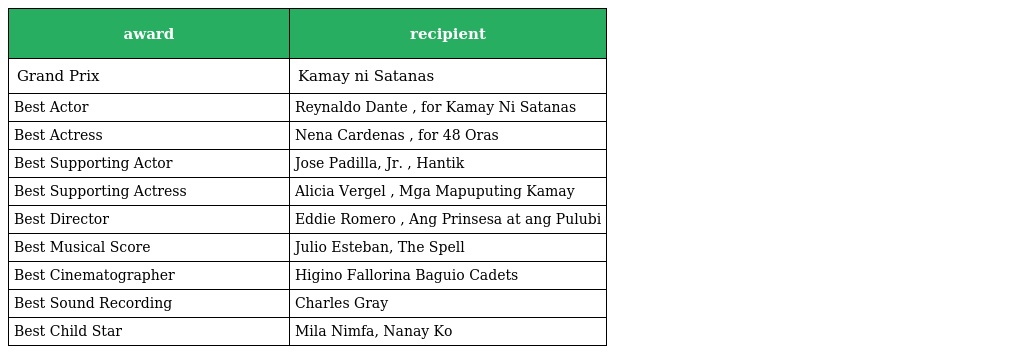
| award | recipient |
 | --- | --- |
 | Grand Prix | Kamay ni Satanas |
 | Best Actor | Reynaldo Dante , for Kamay Ni Satanas |
 | Best Actress | Nena Cardenas , for 48 Oras |
 | Best Supporting Actor | Jose Padilla, Jr. , Hantik |
 | Best Supporting Actress | Alicia Vergel , Mga Mapuputing Kamay |
 | Best Director | Eddie Romero , Ang Prinsesa at ang Pulubi |
 | Best Musical Score | Julio Esteban, The Spell |
 | Best Cinematographer | Higino Fallorina Baguio Cadets |
 | Best Sound Recording | Charles Gray |
 | Best Child Star | Mila Nimfa, Nanay Ko |